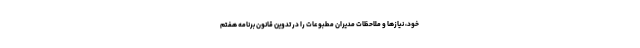
خود، نیازها و ملاحظات مدیران مطبوعات را در تدوین قانون برنامه هفتم